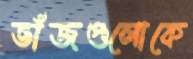
ভাঁজগুলোকে